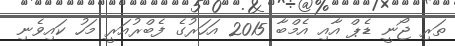
ތަރި ޖޯނީ ޑެޕް އާއި އެމްބާ 2015 އަހަރުގެ ފެބްރުއަރީ މަހު ކައިވެނި